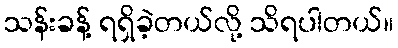
သန်းခန့် ရရှိခဲ့တယ်လို့ သိရပါတယ်။